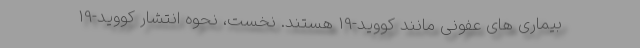
بیماری های عفونی مانند کووید-19 هستند. نخست، نحوه انتشار کووید-19